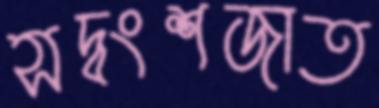
সদ্বংশজাত